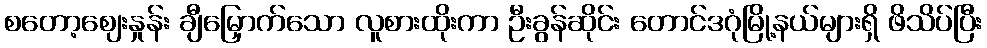
စတော့ဈေးနှုန်း ချီမြှောက်သော လူစားထိုးကာ ဦးခွန်ဆိုင်း တောင်ဒဂုံမြို့နယ်များရှိ ဖိသိပ်ပြီး